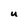
Character: U